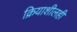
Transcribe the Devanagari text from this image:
क्रियाशीलही